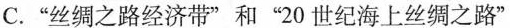
C.”丝绸之路经济带”和”20世纪海上丝绸之路”